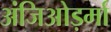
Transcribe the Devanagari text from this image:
अंजिओड़र्मा